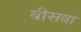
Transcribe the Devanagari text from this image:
बीसवा